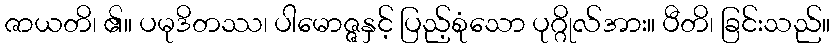
ဇာယတိ၊ ၏။ ပမုဒိတဿ၊ ပါမောဇ္ဇနှင့် ပြည့်စုံသော ပုဂ္ဂိုလ်အား။ ပီတိ၊ ခြင်းသည်။